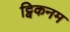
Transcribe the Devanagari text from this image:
ट्विकनम